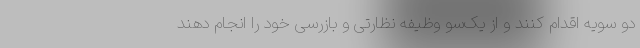
دو سویه اقدام کنند و از یک‌سو وظیفه نظارتی و بازرسی خود را انجام دهند